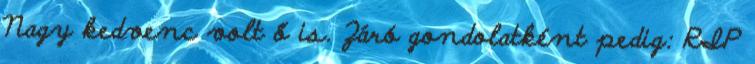
Nagy kedvenc volt ő is. Záró gondolatként pedig: RIP